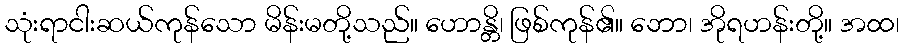
သုံးရာငါးဆယ်ကုန်သော မိန်းမတို့သည်။ ဟောန္တိ၊ ဖြစ်ကုန်၏။ ဘော၊ အိုရဟန်းတို့။ အထ၊